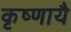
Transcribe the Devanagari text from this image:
कृष्णायै